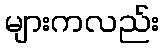
များကလည်း